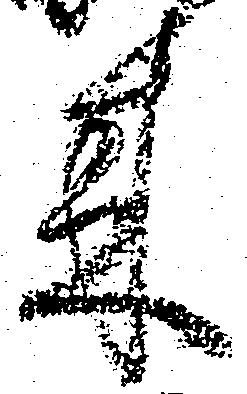
来